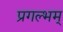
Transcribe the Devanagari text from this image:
प्रगल्भम्